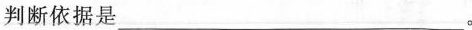
判断依据是___。